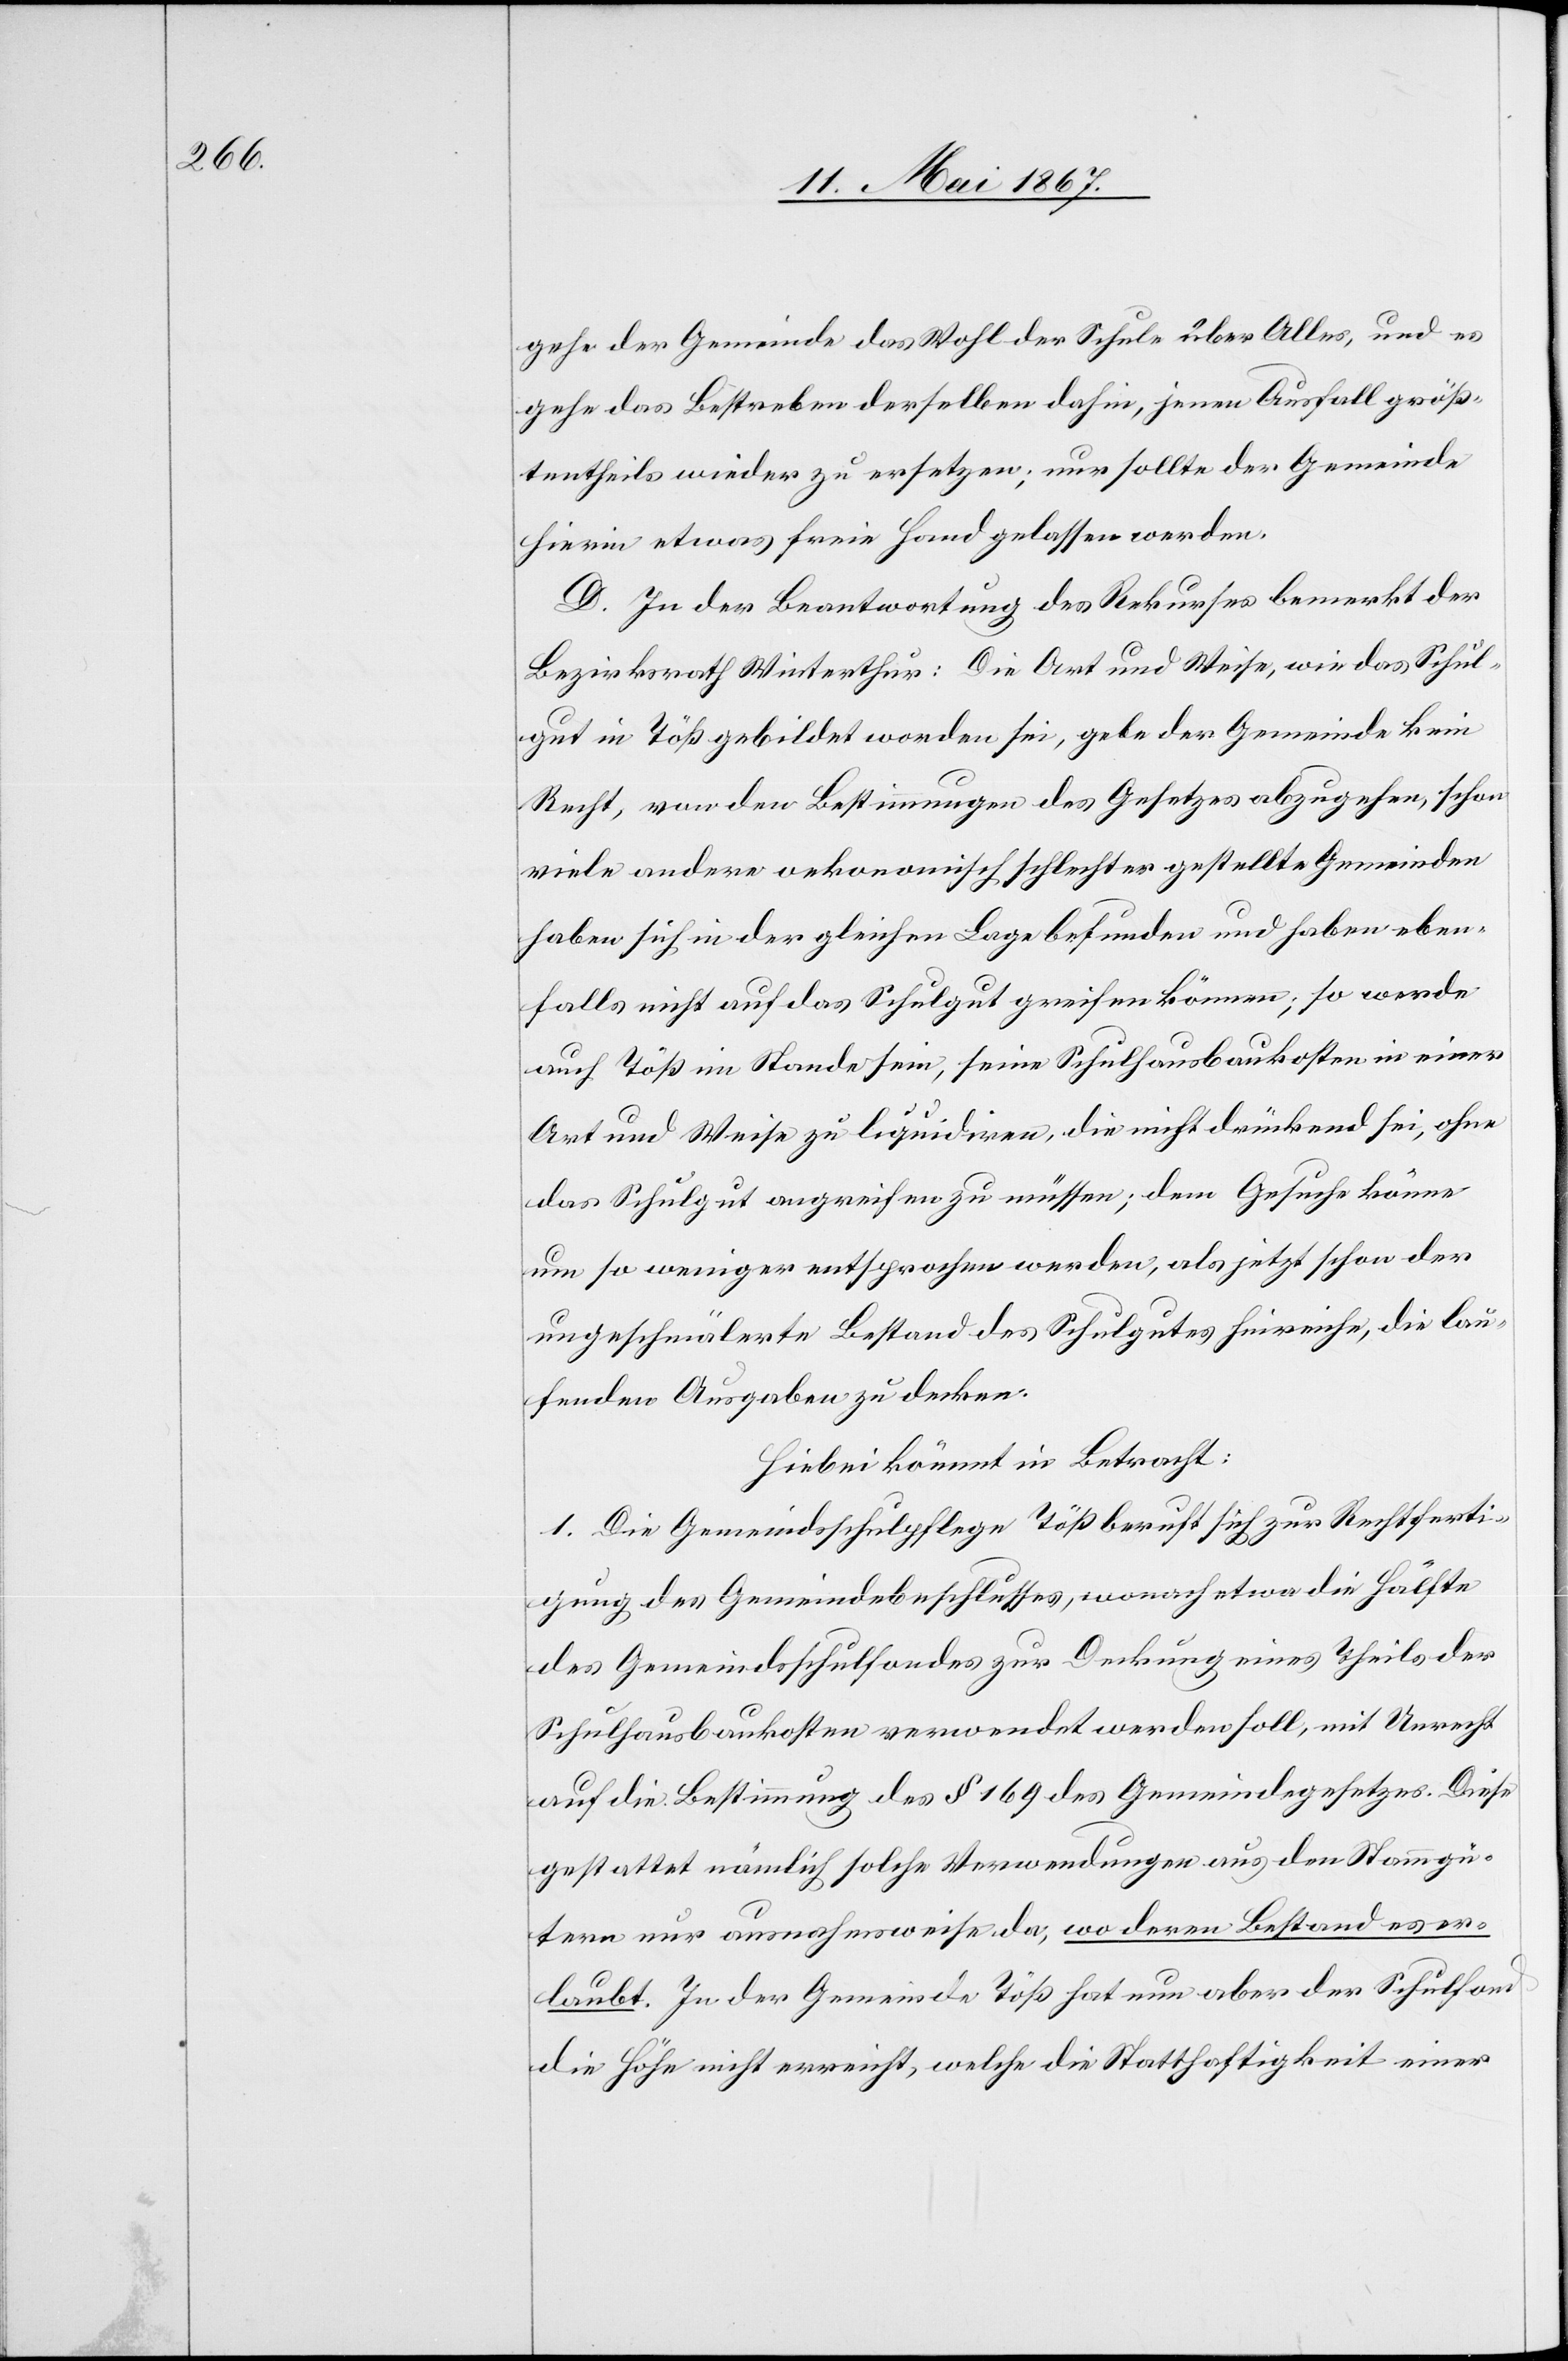
gehe der Gemeinde das Wohl der Schule über Alles, und es
gehe das Bestreben derselben dahin, jenen Ausfall größ¬
tentheils wieder zu ersetzen; nur sollte der Gemeinde
hierin etwas freie Hand gelassen werden.
D. In der Beantwortung des Rekurses bemerkt der
Bezirksrath Winterthur: Die Art und Weise, wie das Schul¬
gut in Töß gebildet worden sei, gebe der Gemeinde kein
Recht, von den Bestimmungen des Gesetzes abzugehen, schon
viele andere oekonomisch schlechter gestellte Gemeinden
haben sich in der gleichen Lage befunden und haben eben¬
falls nicht auf das Schulgut greifen können; so werde
auch Töß im Stande sein, seine Schulhausbaukosten in einer
Art und Weise zu liquidiren, die nicht drückend sei, ohne
das Schulgut angreifen zu müssen; dem Gesuche könne
um so weniger entsprochen werden, als jetzt schon der
ungeschmälerte Bestand des Schulgutes hinreiche, die lau¬
fenden Ausgaben zu decken.
Hiebei kömmt in Betracht:
1. Die Gemeindsschulpflege Töß beruft sich zur Rechtferti¬
gung des Gemeindebeschlusses, wonach etwa die Hälfte
des Gemeindsschulfondes zur Deckung eines Theils der
Schulhausbaukosten verwendet werden soll, mit Unrecht
auf die Bestimmung des § 169 des Gemeindegesetzes. Diese
gestattet nämlich solche Verwendungen aus den Stammgü¬
tern nur ausnahmsweise da, wo deren Bestand es er¬
laubt. In der Gemeinde Töß hat nun aber der Schulfond
die Höhe nicht erreicht, welche die Statthaftigkeit einer